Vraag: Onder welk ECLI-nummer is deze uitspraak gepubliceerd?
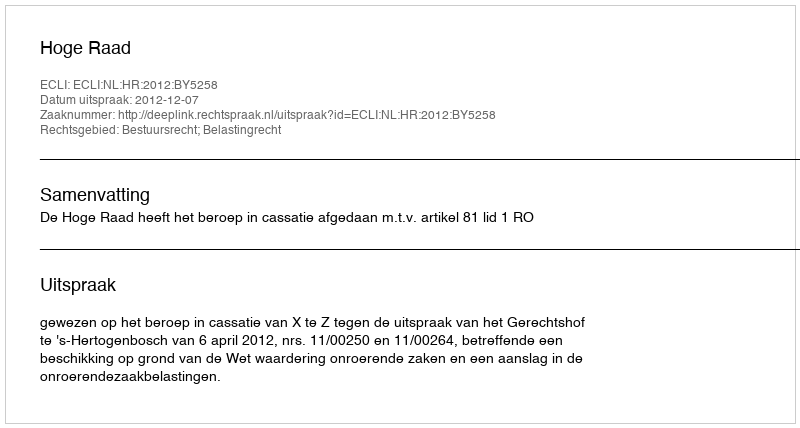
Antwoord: ECLI:NL:HR:2012:BY5258